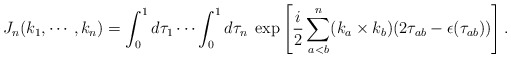
\begin{align*}J_n (k_1, \cdots, k_n) = \int_{0}^{1} d \tau_1 \cdots \int_{0}^{1} d \tau_n \; \exp \left[ \frac{i}{2} \sum_{a<b}^n(k_a \times k_b) (2 \tau_{ab} - \epsilon (\tau_{ab})) \right].\end{align*}